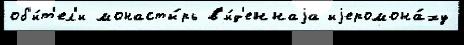
об'и́т'ел'и монасты́рь в'и́д'еннаjа иjеромона́ху